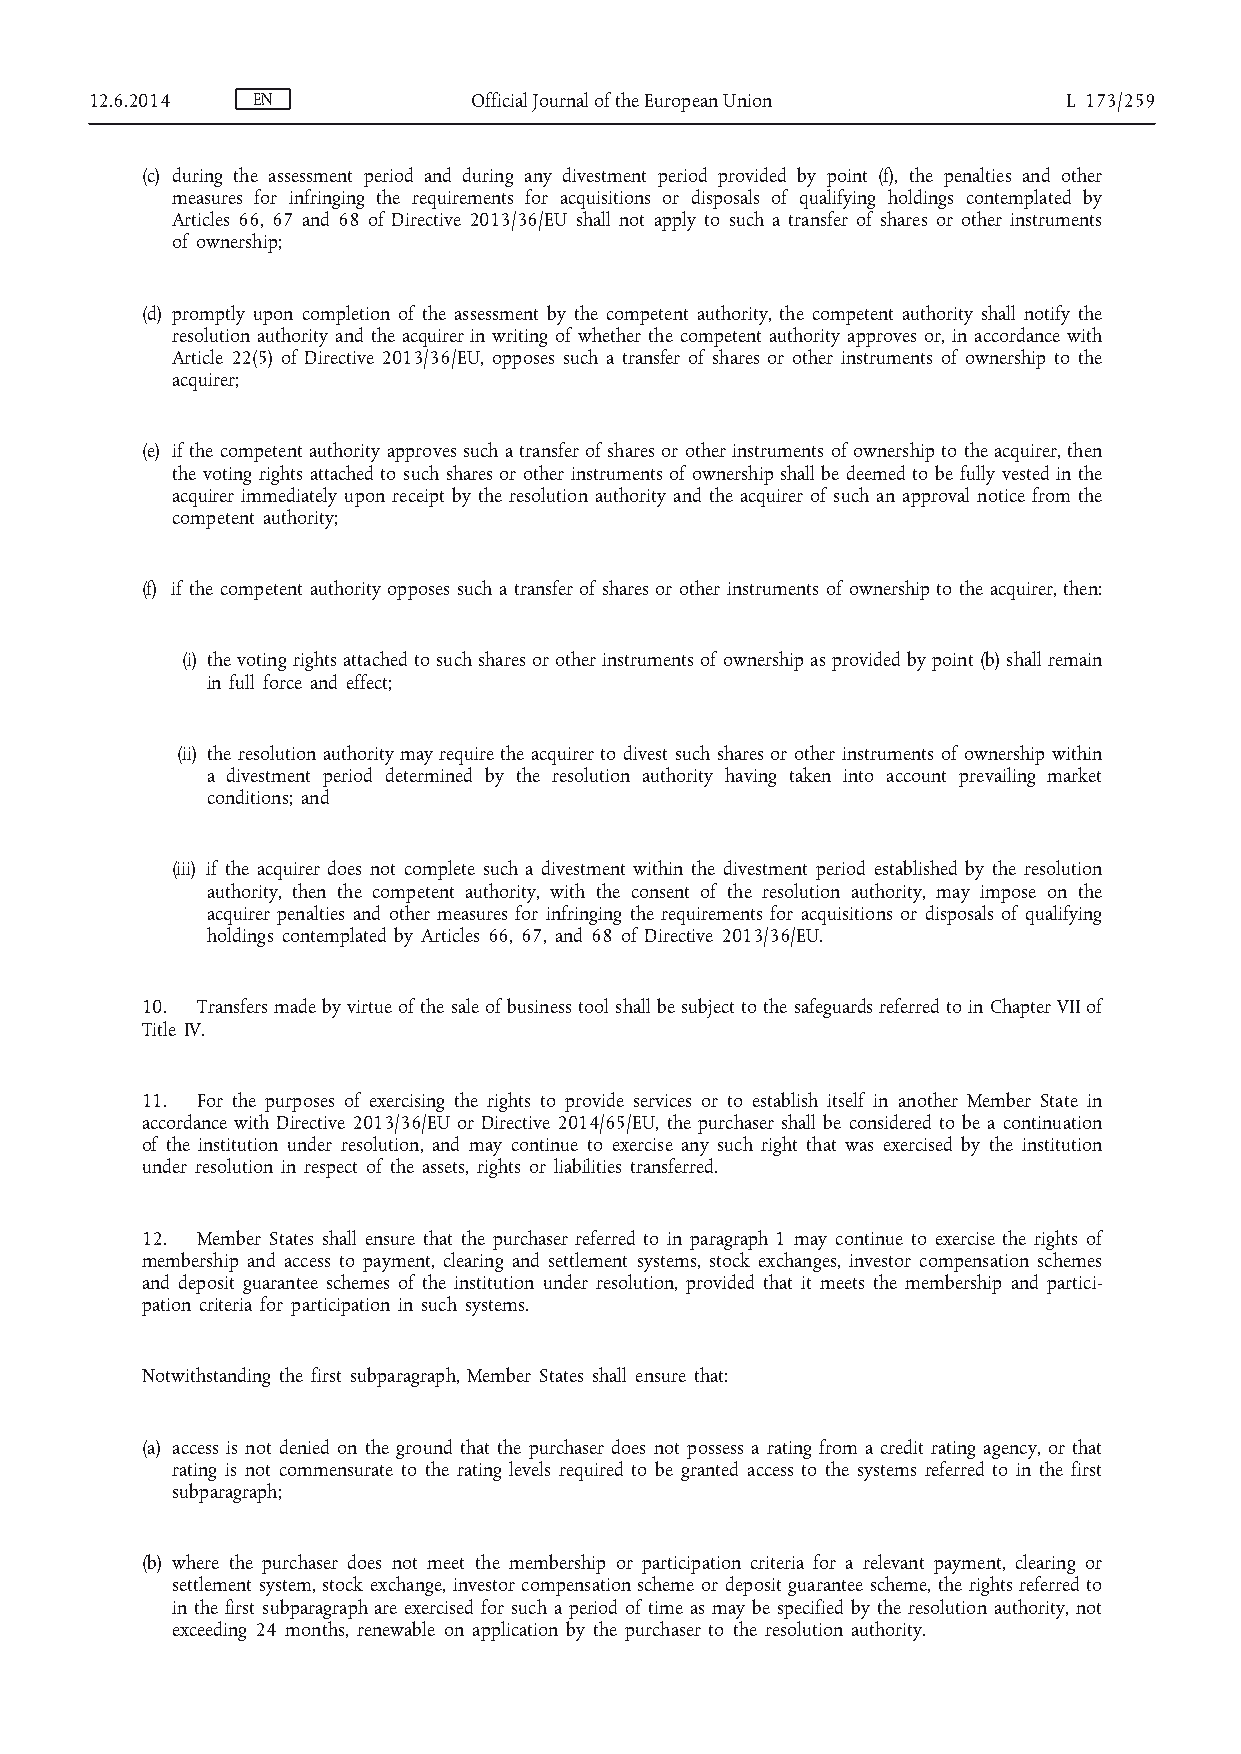
12.6.2014  EN            Official Journal of the European Union  L 173/259
 (c) during the assessment period and during any divestment period provided by point (f), the penalties and other
 measures for infringing the requirements for acquisitions or disposals of qualifying holdings contemplated by
 Articles 66, 67 and 68 of Directive 2013/36/EU shall not apply to such a transfer of shares or other instruments
 of ownership;
 (d) promptly upon completion of the assessment by the competent authority, the competent authority shall notify the
 resolution authority and the acquirer in writing of whether the competent authority approves or, in accordance with
 Article 22(5) of Directive 2013/36/EU, opposes such a transfer of shares or other instruments of ownership to the
 acquirer;
 (e) if the competent authority approves such a transfer of shares or other instruments of ownership to the acquirer, then
 the voting rights attached to such shares or other instruments of ownership shall be deemed to be fully vested in the
 acquirer immediately upon receipt by the resolution authority and the acquirer of such an approval notice from the
 competent authority;
 (f) if the competent authority opposes such a transfer of shares or other instruments of ownership to the acquirer, then:
 (i) the voting rights attached to such shares or other instruments of ownership as provided by point (b) shall remain
 in full force and effect;
 (ii) the resolution authority may require the acquirer to divest such shares or other instruments of ownership within
 a divestment period determined by the resolution authority having taken into account prevailing market
 conditions; and
 (iii) if the acquirer does not complete such a divestment within the divestment period established by the resolution
 authority, then the competent authority, with the consent of the resolution authority, may impose on the
 acquirer penalties and other measures for infringing the requirements for acquisitions or disposals of qualifying
 holdings contemplated by Articles 66, 67, and 68 of Directive 2013/36/EU.
 10. Transfers made by virtue of the sale of business tool shall be subject to the safeguards referred to in Chapter VII of
 Title IV.
 11. For the purposes of exercising the rights to provide services or to establish itself in another Member State in
 accordance with Directive 2013/36/EU or Directive 2014/65/EU, the purchaser shall be considered to be a continuation
 of the institution under resolution, and may continue to exercise any such right that was exercised by the institution
 under resolution in respect of the assets, rights or liabilities transferred.
 12. Member States shall ensure that the purchaser referred to in paragraph 1 may continue to exercise the rights of
 membership and access to payment, clearing and settlement systems, stock exchanges, investor compensation schemes
 and deposit guarantee schemes of the institution under resolution, provided that it meets the membership and partici­
 pation criteria for participation in such systems.
 Notwithstanding the first subparagraph, Member States shall ensure that:
 (a) access is not denied on the ground that the purchaser does not possess a rating from a credit rating agency, or that
 rating is not commensurate to the rating levels required to be granted access to the systems referred to in the first
 subparagraph;
 (b) where the purchaser does not meet the membership or participation criteria for a relevant payment, clearing or
 settlement system, stock exchange, investor compensation scheme or deposit guarantee scheme, the rights referred to
 in the first subparagraph are exercised for such a period of time as may be specified by the resolution authority, not
 exceeding 24 months, renewable on application by the purchaser to the resolution authority.